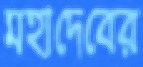
মহাদেবের